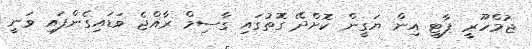
ޖުމްހޫރީ ޕާޓީ އިން ޔަގީން ކޮށްދޭ ގޮތުގައި ގާސިމް ރާއްޖެ ވަޑައިގެންފައި ވަނީ